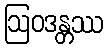
ဩဝဒန္တဿ